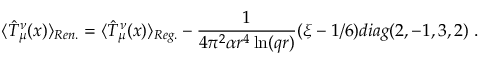
\langle \hat { T } _ { \mu } ^ { \nu } ( x ) \rangle _ { R e n . } = \langle \hat { T } _ { \mu } ^ { \nu } ( x ) \rangle _ { R e g . } - \frac 1 { 4 \pi ^ { 2 } \alpha r ^ { 4 } \ln ( q r ) } ( \xi - 1 / 6 ) d i a g ( 2 , - 1 , 3 , 2 ) \ .